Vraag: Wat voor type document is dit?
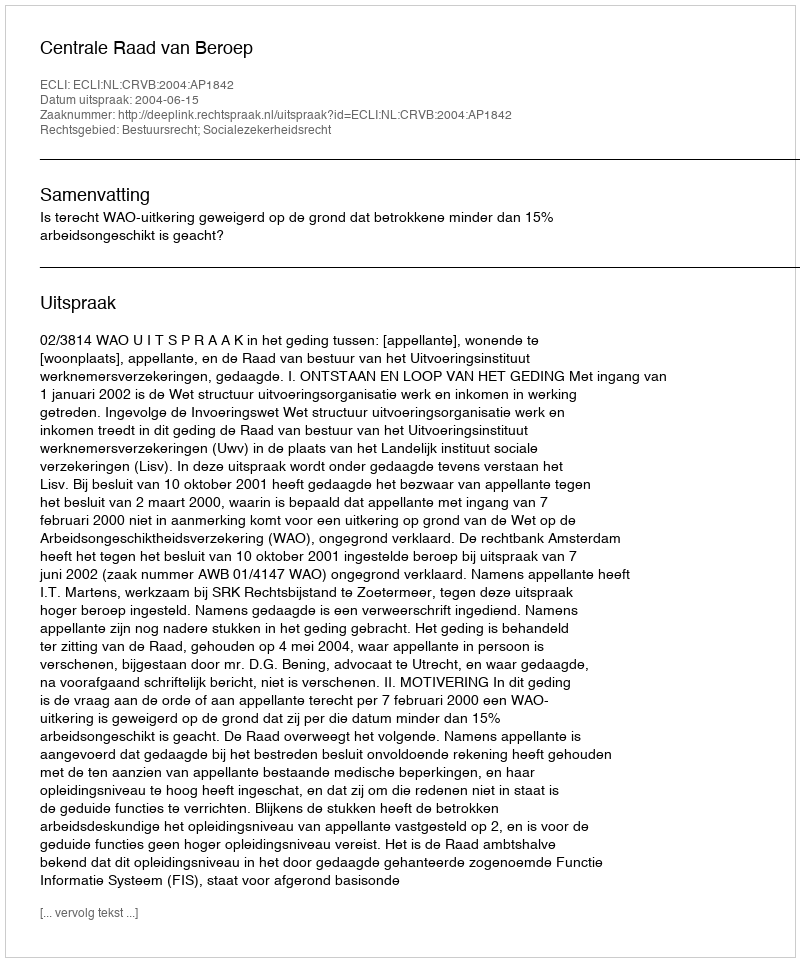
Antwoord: Uitspraak